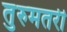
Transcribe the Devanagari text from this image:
तुरुमतरी